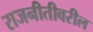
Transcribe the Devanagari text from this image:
राजनीतीवरील